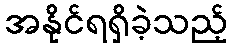
အနိုင်ရရှိခဲ့သည့်